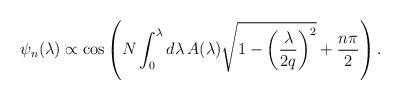
LaTeX: \begin{align*}\psi_n(\lambda)\propto {\cos}\left( N\int_0^\lambda d\lambda\,A(\lambda)\sqrt{1-\left(\frac{\lambda}{2q}\right)^2}+\frac{n\pi}{2}\right).\end{align*}